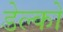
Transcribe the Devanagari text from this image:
डेल्को